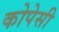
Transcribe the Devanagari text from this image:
कोपेसी